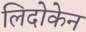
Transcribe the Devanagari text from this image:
लिदोकेन